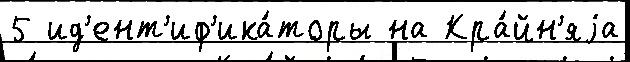
5 ид'ент'иф'ика́торы на Кра́йн'яjа